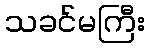
သခင်မကြီး